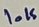
Text: 10K